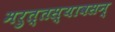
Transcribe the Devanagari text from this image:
मरुत्तस्यावसन्